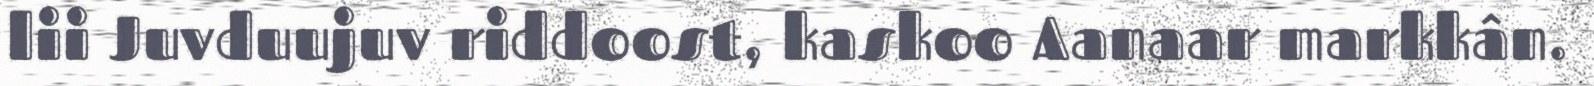
lii Juvduujuv riddoost, kaskoo Aanaar markkân.